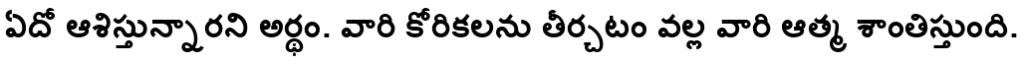
ఏదో ఆశిస్తున్నారని అర్థం. వారి కోరికలను తీర్చటం వల్ల వారి ఆత్మ శాంతిస్తుంది.